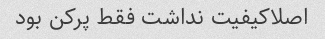
اصلاکیفیت نداشت فقط پرکن بود